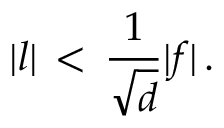
\vert l \vert \, < \, { \frac { 1 } { \sqrt { d } } } \vert f \vert \, .